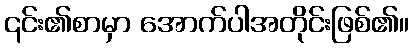
၎င်း၏စာမှာ အောက်ပါအတိုင်းဖြစ်၏။